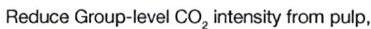
Reduce Group-level CO2 intensity from pulp,